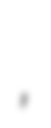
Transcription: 飛魚灣,